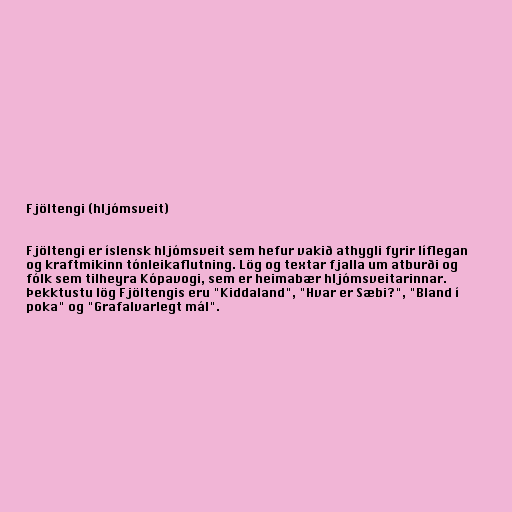
Fjöltengi (hljómsveit)

Fjöltengi er íslensk hljómsveit sem hefur vakið athygli fyrir líflegan
og kraftmikinn tónleikaflutning. Lög og textar fjalla um atburði og
fólk sem tilheyra Kópavogi, sem er heimabær hljómsveitarinnar.
Þekktustu lög Fjöltengis eru "Kiddaland", "Hvar er Sæbi?", "Bland í
poka" og "Grafalvarlegt mál".